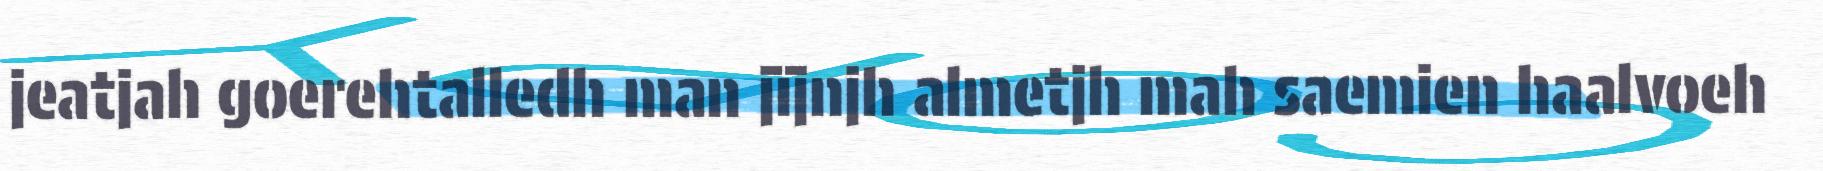
jeatjah goerehtalledh man jïjnjh almetjh mah saemien haalvoeh